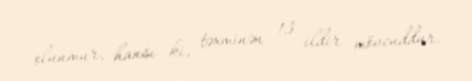
olunmur, hansı ki, təxminən 13 ildir mövcuddur.